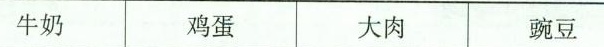
牛奶 鸡蛋 大肉 豌豆